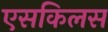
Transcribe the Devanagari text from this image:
एसकिलस